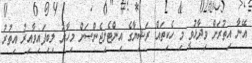
އޭނާ އިތުރަށް ވިދާޅުވީ މި ހެކިތައް ރަޝިޔާގެ އިންޓެލިޖެންސަށް މިހާރު ލިބިފައިވާއިރު އިތުރު